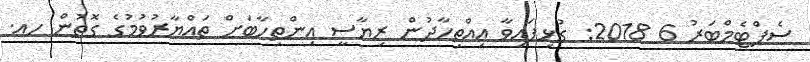
ސެޕްޓެމްބަރު 6 2018: ގުޅިފައިވާ އިއްތިހާދުން ރިޔާސީ އިންތިހާބަށް ތައްޔާރުވުމުގެ ގޮތުން ހއ.